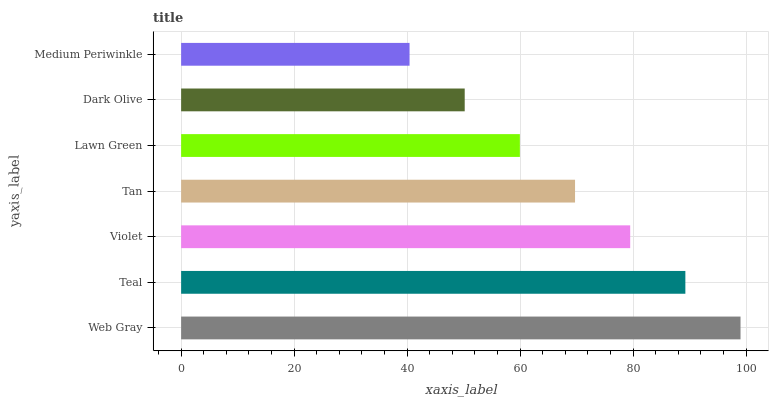
| yaxis_label | bars |
 | --- | --- |
 | Web Gray | 99 |
 | Teal | 89.2 |
 | Violet | 79.5 |
 | Tan | 69.7 |
 | Lawn Green | 59.9 |
 | Dark Olive | 50.2 |
 | Medium Periwinkle | 40.4 |